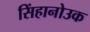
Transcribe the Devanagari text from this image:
सिंहानोउक